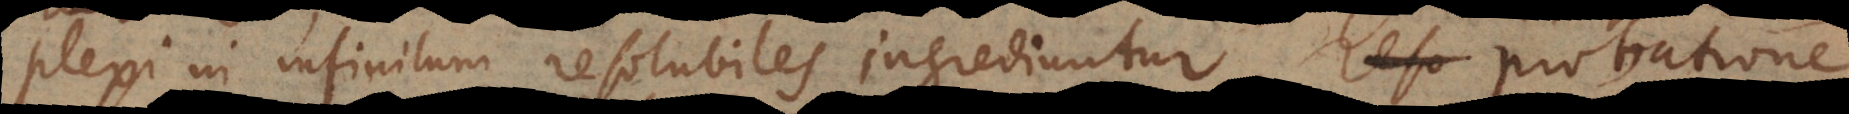
mplexi in infinitum resolubiles ingrediuntur, probatione